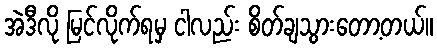
အဲဒီလို မြင်လိုက်ရမှ ငါလည်း စိတ်ချသွားတော့တယ်။